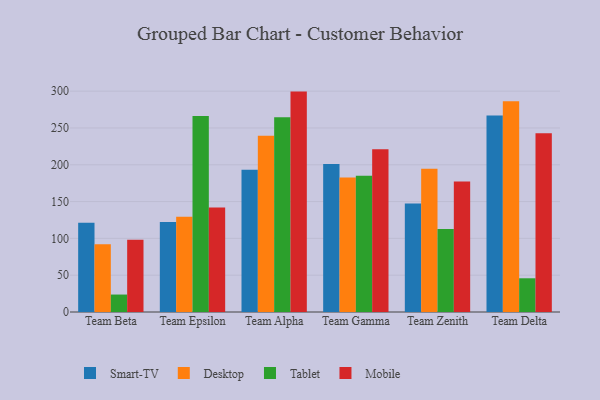
{"axis": {"x": "Team", "y": "Waste Production (Tons)"}, "legend": ["Desktop", "Mobile", "Smart-TV", "Tablet"], "data": [{"x": "Team Beta", "y": 121.2, "type": "Smart-TV"}, {"x": "Team Beta", "y": 91.9, "type": "Desktop"}, {"x": "Team Beta", "y": 23.7, "type": "Tablet"}, {"x": "Team Beta", "y": 98.3, "type": "Mobile"}, {"x": "Team Epsilon", "y": 122.2, "type": "Smart-TV"}, {"x": "Team Epsilon", "y": 129.5, "type": "Desktop"}, {"x": "Team Epsilon", "y": 266.4, "type": "Tablet"}, {"x": "Team Epsilon", "y": 142.1, "type": "Mobile"}, {"x": "Team Alpha", "y": 193.1, "type": "Smart-TV"}, {"x": "Team Alpha", "y": 239.5, "type": "Desktop"}, {"x": "Team Alpha", "y": 264.4, "type": "Tablet"}, {"x": "Team Alpha", "y": 299.4, "type": "Mobile"}, {"x": "Team Gamma", "y": 201.2, "type": "Smart-TV"}, {"x": "Team Gamma", "y": 182.6, "type": "Desktop"}, {"x": "Team Gamma", "y": 185.1, "type": "Tablet"}, {"x": "Team Gamma", "y": 221.0, "type": "Mobile"}, {"x": "Team Zenith", "y": 147.4, "type": "Smart-TV"}, {"x": "Team Zenith", "y": 194.6, "type": "Desktop"}, {"x": "Team Zenith", "y": 112.9, "type": "Tablet"}, {"x": "Team Zenith", "y": 177.3, "type": "Mobile"}, {"x": "Team Delta", "y": 266.8, "type": "Smart-TV"}, {"x": "Team Delta", "y": 286.3, "type": "Desktop"}, {"x": "Team Delta", "y": 45.8, "type": "Tablet"}, {"x": "Team Delta", "y": 242.7, "type": "Mobile"}]}